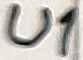
Text: U1